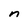
Character: n